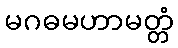
မဂဓမဟာမတ္တံ